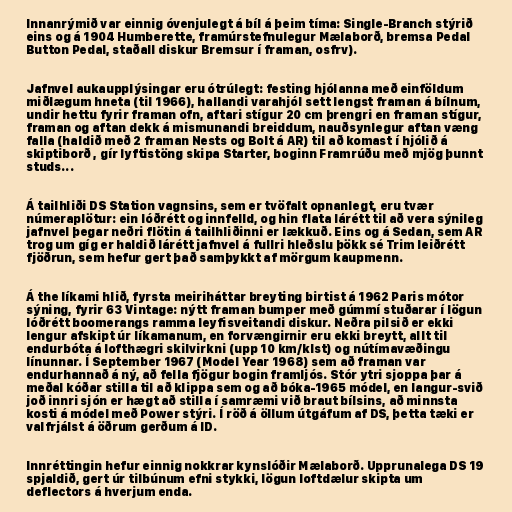
Innanrýmið var einnig óvenjulegt á bíl á þeim tíma: Single-Branch stýrið
eins og á 1904 Humberette, framúrstefnulegur Mælaborð, bremsa Pedal
Button Pedal, staðall diskur Bremsur í framan, osfrv).

Jafnvel aukaupplýsingar eru ótrúlegt: festing hjólanna með einföldum
miðlægum hneta (til 1966), hallandi varahjól sett lengst framan á bílnum,
undir hettu fyrir framan ofn, aftari stígur 20 cm þrengri en framan stígur,
framan og aftan dekk á mismunandi breiddum, nauðsynlegur aftan væng
falla (haldið með 2 framan Nests og Bolt á AR) til að komast í hjólið á
skiptiborð , gír lyftistöng skipa Starter, boginn Framrúðu með mjög þunnt
studs...

Á tailhliði DS Station vagnsins, sem er tvöfalt opnanlegt, eru tvær
númeraplötur: ein lóðrétt og innfelld, og hin flata lárétt til að vera sýnileg
jafnvel þegar neðri flötin á tailhliðinni er lækkuð. Eins og á Sedan, sem AR
trog um gíg er haldið lárétt jafnvel á fullri hleðslu þökk sé Trim leiðrétt
fjöðrun, sem hefur gert það samþykkt af mörgum kaupmenn.

Á the líkami hlið, fyrsta meiriháttar breyting birtist á 1962 Paris mótor
sýning, fyrir 63 Vintage: nýtt framan bumper með gúmmí stuðarar í lögun
lóðrétt boomerangs ramma leyfisveitandi diskur. Neðra pilsið er ekki
lengur afskipt úr líkamanum, en forvængirnir eru ekki breytt, allt til
endurbóta á lofthægri skilvirkni (upp 10 km/klst) og nútímavæðingu
línunnar. Í September 1967 (Model Year 1968) sem að framan var
endurhannað á ný, að fella fjögur bogin framljós. Stór ytri sjoppa þar á
meðal kóðar stilla til að klippa sem og að bóka-1965 módel, en langur-svið
joð innri sjón er hægt að stilla í samræmi við braut bílsins, að minnsta
kosti á módel með Power stýri. Í röð á öllum útgáfum af DS, þetta tæki er
valfrjálst á öðrum gerðum á ID.

Innréttingin hefur einnig nokkrar kynslóðir Mælaborð. Upprunalega DS 19
spjaldið, gert úr tilbúnum efni stykki, lögun loftdælur skipta um
deflectors á hverjum enda.